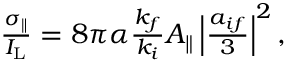
\begin{array} { r } { \frac { \sigma _ { \parallel } } { I _ { \mathrm { L } } } = 8 \pi \alpha \frac { k _ { f } } { k _ { i } } A _ { \parallel } \left\vert \frac { a _ { i f } } { 3 } \right\vert ^ { 2 } , } \end{array}